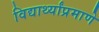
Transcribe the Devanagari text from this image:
विद्यार्थ्यांप्रमाणे